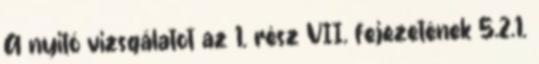
A nyitó vizsgálatot az 1. rész VII. fejezetének 5.2.1.